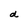
Character: d